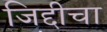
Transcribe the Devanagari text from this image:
जिद्दीचा